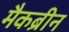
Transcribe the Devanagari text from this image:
मैकब्रीन